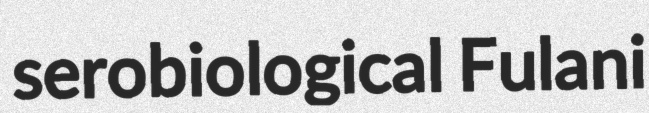
serobiological Fulani